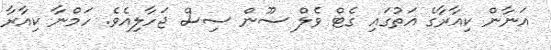
އަނާން ކިއާރާގެ އަތުގައި ގެޓް ވެލް ސޫން ސިސް ޖަހާލިއެވެ. ހަމްނާ ކިއާރާ